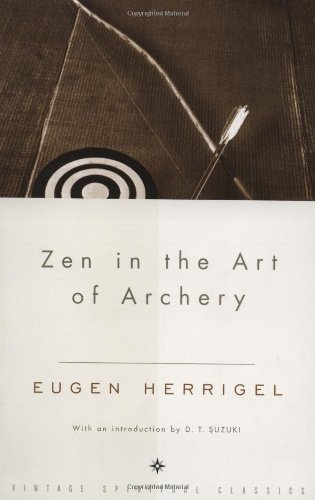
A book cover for Zen in the Art of Archery; Eugen Herrigel; Sports & Outdoors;